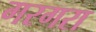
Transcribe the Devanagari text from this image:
गरगरा